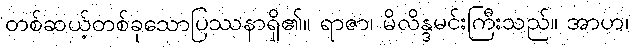
တစ်ဆယ့်တစ်ခုသောပြဿနာရှိ၏။ ရာဇာ၊ မိလိန္ဒမင်းကြီးသည်။ အာဟ၊